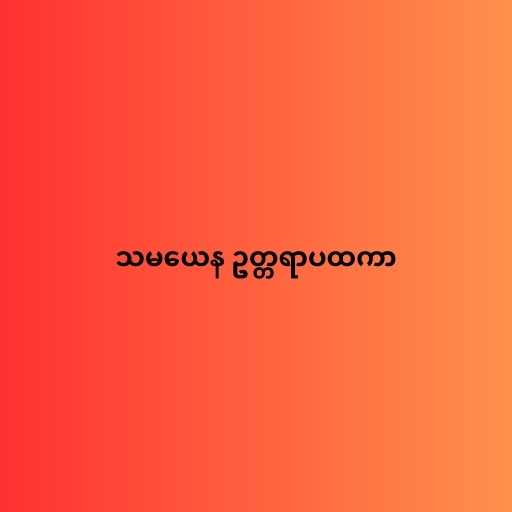
သမယေန ဥတ္တရာပထကာ